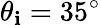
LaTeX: \theta_{\mathbf{i}}=35^{\mathrm{{\circ}}}